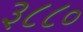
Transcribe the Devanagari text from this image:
३८८०